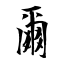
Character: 爾